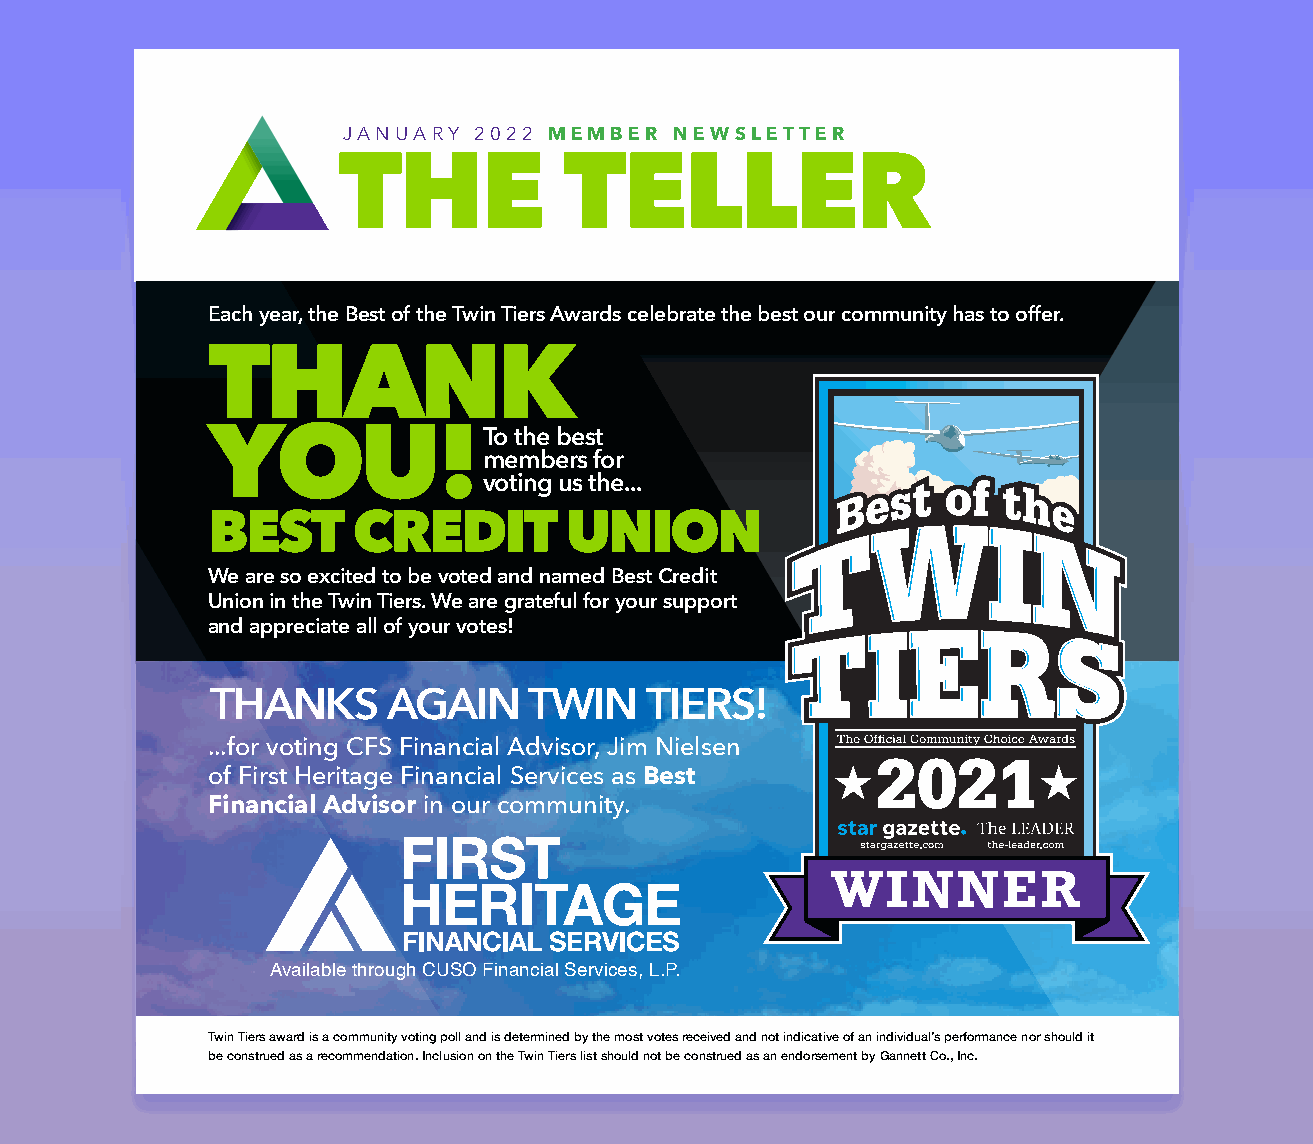
JANUARY 2022 MEMBER  NEWSLETTER
 THE            TELLER
 Each year, the Best of the Twin Tiers Awards celebrate the best our community has to offer.
 THANK
 YOU!
 To the best
 members for
 voting us the...
 BEST     CREDIT        UNION
 We are so excited to be voted and named Best Credit
 Union in the Twin Tiers. We are grateful for your support
 and appreciate all of your votes!
 THANKS      AGAIN    TWIN    TIERS!
 ...for voting CFS Financial Advisor, Jim Nielsen
 of First Heritage Financial Services as Best
 Financial Advisor in our community.
 WINNER
 Available through CUSO Financial Services, L.P.
 Twin Tiers award is a community voting poll and is determined by the most votes received and not indicative of an individual’s performance nor should it
 be construed as a recommendation. Inclusion on the Twin Tiers list should not be construed as an endorsement by Gannett Co., Inc.